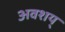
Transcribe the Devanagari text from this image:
अवशय्